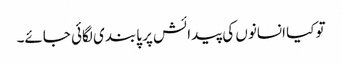
تو کیا انسانوں کی پیدائش پر پابندی لگائی جائے۔